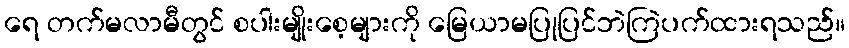
ရေ တက်မလာမီတွင် စပါးမျိုးစေ့များကို မြေယာမပြုပြင်ဘဲကြဲပက်ထားရသည်။